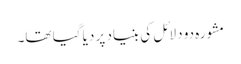
مشورہ دو دلائل کی بنیاد پر دیا گیا تھا۔